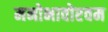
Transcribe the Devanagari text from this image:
मनोभावोएवम